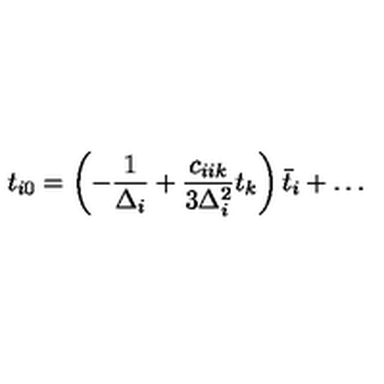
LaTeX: t _ { i 0 } = \left( - { \frac { 1 } { \Delta _ { i } } } + { \frac { c _ { i i k } } { 3 \Delta _ { i } ^ { 2 } } } t _ { k } \right) \bar { t } _ { i } + \dots